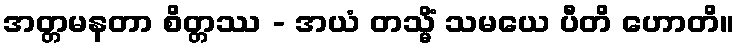
အတ္တမနတာ စိတ္တဿ - အယံ တသ္မိံ သမယေ ပီတိ ဟောတိ။